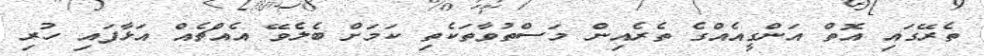
ތެރޭގައި އޮތް އަންގީއެއްގެ ތެރެއިން މަސްތުވާތަކެތި ކަމަށް ބެލެވޭ އެއްޗެއް އަޅާފައި ހުރި